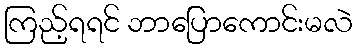
ကြည့်ရရင် ဘာပြောကောင်းမလဲ